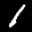
Label: 1